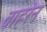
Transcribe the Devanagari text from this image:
वाहरेन